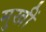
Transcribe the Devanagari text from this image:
मुखीं